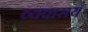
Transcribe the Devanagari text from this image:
व्यवासय